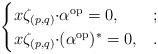
LaTeX: \begin{align*}\begin{cases}{x\zeta_{(p, q)}}{\cdot} \alpha^{\rm op}=0, & ;\\{x\zeta_{(p, q)}}{\cdot} (\alpha^{\rm op})^{*}=0, &. \end{cases}\end{align*}